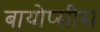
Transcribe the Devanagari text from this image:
बायोप्सीस